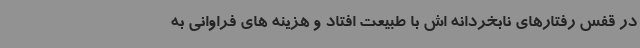
در قفس رفتارهای نابخردانه اش با طبیعت افتاد و هزینه های فراوانی به